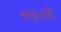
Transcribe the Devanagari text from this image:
१९३५ची